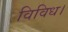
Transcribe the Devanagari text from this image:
विविध।